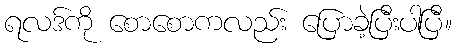
ရလဒ်ကို စောစောကလည်း ပြောခဲ့ပြီးပါပြီ။